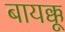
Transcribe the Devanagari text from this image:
बायक्कू